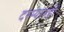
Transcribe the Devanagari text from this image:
दरम्यानही